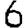
Digit: 6